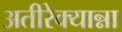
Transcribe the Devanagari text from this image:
अतीरेक्यान्ना